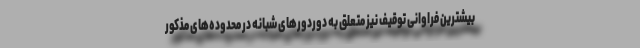
بیشترین فراوانی توقیف نیز متعلق به دوردورهای شبانه در محدوده‌های مذکور